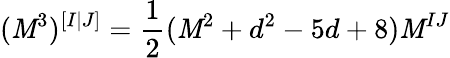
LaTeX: (\mathit{M}^{3})^{[I|J]}=\frac{{1}}{{2}}(\mathit{M}^{2}+d^{2}-5d+8)\mathit{M}^{IJ}